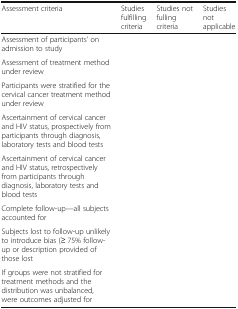
<table><thead><tr><td><b>Assessment criteria</b></td><td><b>Studies fulfilling criteria</b></td><td><b>Studies not fulling criteria</b></td><td><b>Studies not applicable</b></td></tr></thead><tbody><tr><td>Assessment of participants’ on admission to study</td><td></td><td></td><td></td></tr><tr><td>Assessment of treatment method under review</td><td></td><td></td><td></td></tr><tr><td>Participants were stratified for the cervical cancer treatment method under review</td><td></td><td></td><td></td></tr><tr><td>Ascertainment of cervical cancer and HIV status, prospectively from participants through diagnosis, laboratory tests and blood tests</td><td></td><td></td><td></td></tr><tr><td>Ascertainment of cervical cancer and HIV status, retrospectively from participants through diagnosis, laboratory tests and blood tests</td><td></td><td></td><td></td></tr><tr><td>Complete follow-up—all subjects accounted for</td><td></td><td></td><td></td></tr><tr><td>Subjects lost to follow-up unlikely to introduce bias (≥ 75% follow-up or description provided of those lost</td><td></td><td></td><td></td></tr><tr><td>If groups were not stratified for treatment methods and the distribution was unbalanced, were outcomes adjusted for</td><td></td><td></td><td></td></tr></tbody></table>